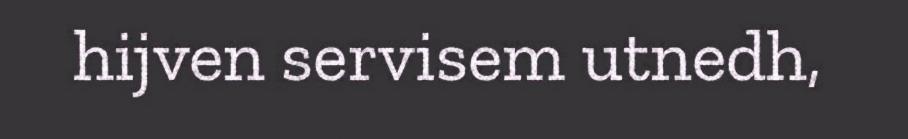
hijven servisem utnedh,